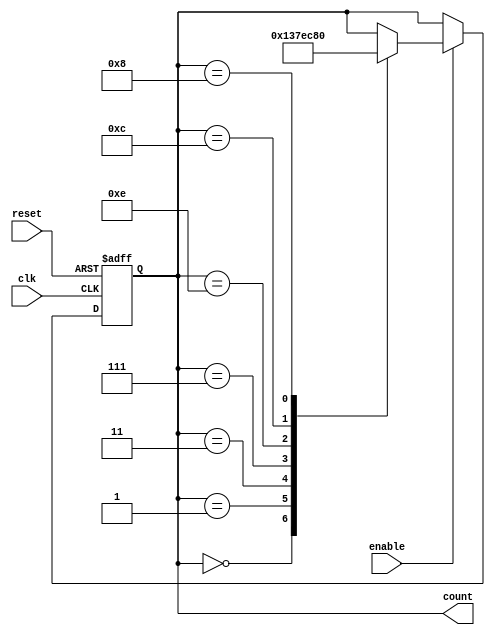
module johnson_counter_enable(
    input clk,
    input reset,
    input enable,
    output reg [3:0] count
);

always @(posedge clk or posedge reset) begin
    if (reset) begin
        count <= 4'b0000;
    end else if (enable) begin
        case(count)
            4'b0000: count <= 4'b0001;
            4'b0001: count <= 4'b0011;
            4'b0011: count <= 4'b0111;
            4'b0111: count <= 4'b1110;
            4'b1110: count <= 4'b1100;
            4'b1100: count <= 4'b1000;
            4'b1000: count <= 4'b0000;
        endcase
    end
end

endmodule